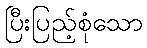
ပြီးပြည့်စုံသော